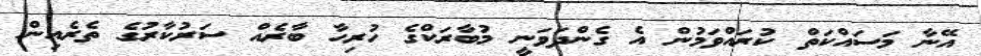
އޭނާ މަސައްކަތް ކުރައްވަމުން އެ ގެންދަވަނީ މުބާރަކްގެ ހުރިހާ ބާރެއް ސަރުކާރުގެ ތެރެއިން